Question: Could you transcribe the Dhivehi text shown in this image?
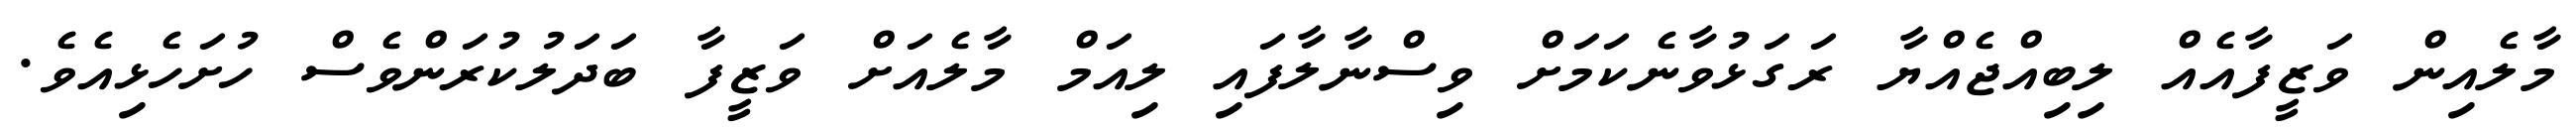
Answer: މާލެއިން ވަޒީފާއެއް ލިބިއްޖެއްޔާ ރަގަޅުވާނެކަމަށް ވިސްނާލާފައި ލިއަމް މާލެއަށް ވަޒީފާ ބަދަލުކުރަންވެސް ހުށަހެޅިއެވެ.